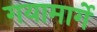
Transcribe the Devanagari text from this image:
गयामार्गे